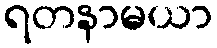
ရတနာမယာ